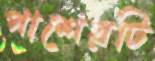
পাশেরটি